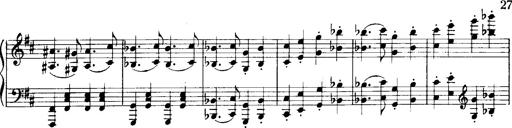
Title: Historische ungarische Bildnisse
Composer: Franz Liszt